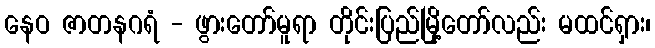
နေဝ ဇာတနဂရံ - ဖွားတော်မူရာ တိုင်းပြည်မြို့တော်လည်း မထင်ရှား၊